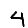
Digit: 4